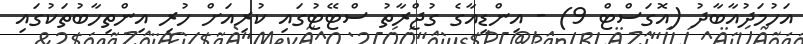
އަހުމަދުއާބާދު (އޮގަސްޓް 9) - އިންޑިއާގެ ގުޖްރާތު ސްޓޭޓުގައި ކުރިއަށް ހުރި އިންތިހާބުތަކުގައި